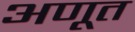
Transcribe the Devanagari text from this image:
अणूत